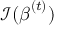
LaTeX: { \mathcal { I } } ( { \boldsymbol { \beta } } ^ { ( t ) } )